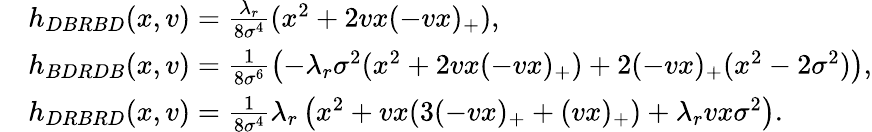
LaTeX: \begin{array}{rl}&{h_{DBRBD}(x,v)=\frac{\lambda_{r}}{8\sigma^{4}}(x^{2}+2vx(-vx)_{+}),}\\ &{h_{BDRDB}(x,v)=\frac{1}{8\sigma^{6}}\left(-\lambda_{r}\sigma^{2}(x^{2}+2vx(-vx)_{+})+2(-vx)_{+}(x^{2}-2\sigma^{2})\right),}\\ &{h_{DRBRD}(x,v)=\frac{1}{8\sigma^{4}}\lambda_{r}\left(x^{2}+vx(3(-vx)_{+}+(vx)_{+})+\lambda_{r}vx\sigma^{2}\right).}\end{array}